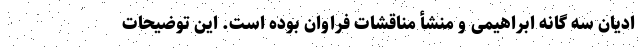
ادیان سه گانه ابراهیمی و منشأ مناقشات فراوان بوده است. این توضیحات